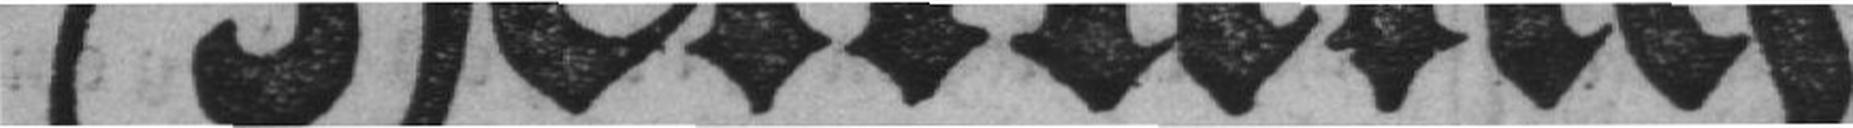
Zeitung